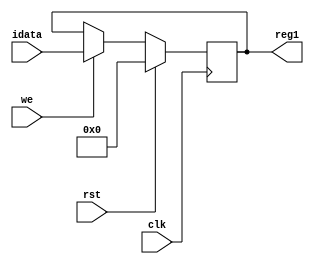
module basicregister #(parameter WORDSIZE=32)(
    input clk,
    input we,
    input rst,  //synchronous reset
    input [WORDSIZE-1:0] idata,
    output reg [WORDSIZE-1:0] reg1
    );
    
    always@(posedge clk) begin
        if(rst)
            reg1 <='b0; // reset
        else if(we)
            reg1<=idata; 
        else
            reg1<=reg1;
    end

endmodule
module memreg #(parameter WORDSIZE=32, parameter REGS=32)(
            input clk, // clock
            input rst, //synchronous reset 
            input we, // write enable signal - positive active
            input [4:0]addr1, // Address of the first register to be read reg1
            input [4:0]addr2, // Address of the secood register to be read reg2
            input [4:0]saddr, // Address of the  register to be stored
            input [WORDSIZE-1:0] wdata, // Data to be stored
            output reg [WORDSIZE-1:0] reg1, // Data from reg1
            output reg [WORDSIZE-1:0] reg2  // Data from reg2
    );
    
    
  
    wire [WORDSIZE-1:0] outs[REGS-1:0];
    wire web[REGS-1:0];
    
    generate
        genvar i;
        for (i=0; i<REGS; i=i+1) begin : regcr
        
        assign web[i]= we & (&(wdata ^ i));
        
        basicregister i_reg(
       .clk(clk),
       .rst(rst),
       .we(web[i]),
       .idata(wdata),
       .reg1(outs[i])
         );
        end
        
        always @(*) begin: naddr1
         if (addr1 == i)
            reg1 = outs[i];
         if(addr2==i)
            reg2 = outs[i];
          end
          
    endgenerate

endmodule